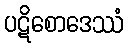
ပဋိစောဒေဿံ